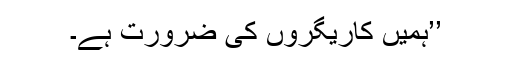
’’ہمیں کاریگروں کی ضرورت ہے۔